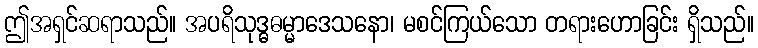
ဤအရှင်ဆရာသည်။ အပရိသုဒ္ဓဓမ္မာဒေသနော၊ မစင်ကြယ်သော တရားဟောခြင်း ရှိသည်။